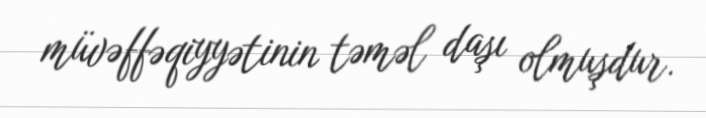
müvəffəqiyyətinin təməl daşı olmuşdur.